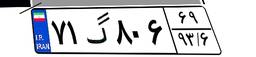
۸۸گ۲۱۱۸۲